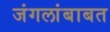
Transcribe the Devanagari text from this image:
जंगलांबाबत